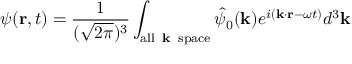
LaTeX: \psi ( \mathbf { r } , t ) = { \frac { 1 } { ( { \sqrt { 2 \pi } } ) ^ { 3 } } } \int _ { \mathrm { a l l \, { \textbf { k } } \, s p a c e } } { \hat { \psi } } _ { 0 } ( \mathbf { k } ) e ^ { i ( \mathbf { k } \cdot \mathbf { r } - \omega t ) } d ^ { 3 } \mathbf { k }